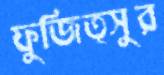
ফুজিত্সুর